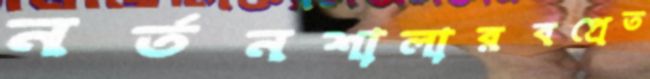
নর্তনশালারবপ্রেত